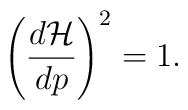
\left( \frac{d{\cal H}}{dp}\right) ^2=1.